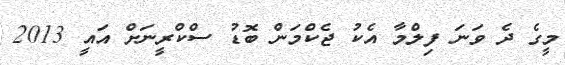
މީގެ ދެ ވަނަ ފިލްމާ އެކު ޖެކްމަން ބޮޑު ސްކްރީނަށް އައީ 2013